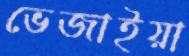
ভেজাইয়া